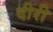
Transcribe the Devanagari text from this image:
दीरी